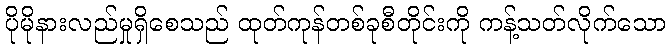
ပိုမိုနားလည်မှုရှိစေသည် ထုတ်ကုန်တစ်ခုစီတိုင်းကို ကန့်သတ်လိုက်သော